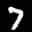
Label: 7